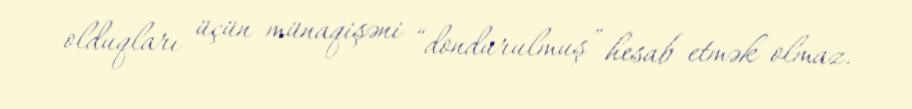
olduqları üçün münaqişəni “dondurulmuş” hesab etmək olmaz.